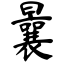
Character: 曩